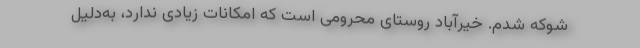
شوکه شدم. خیرآباد روستای محرومی است که امکانات زیادی ندارد، به‌دلیل